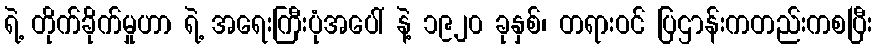
ရဲ့ တိုက်ခိုက်မှုဟာ ရဲ့ အရေးကြီးပုံအပေါ် နဲ့ ၁၉၂၀ ခုနှစ်၊ တရားဝင် ပြဌာန်းကတည်းကစပြီး